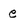
Character: e